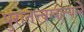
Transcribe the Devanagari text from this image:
पुरातत्त्वखात्याने